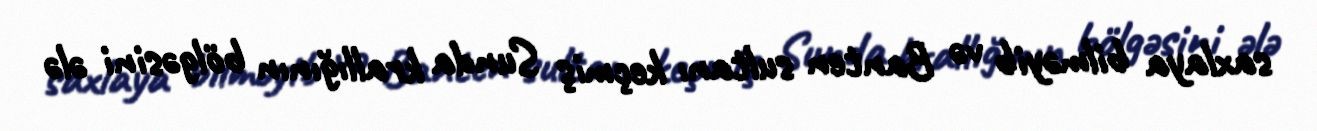
saxlaya bilməyib və Banten sultanı keçmiş Sunda krallığının bölgəsini ələ